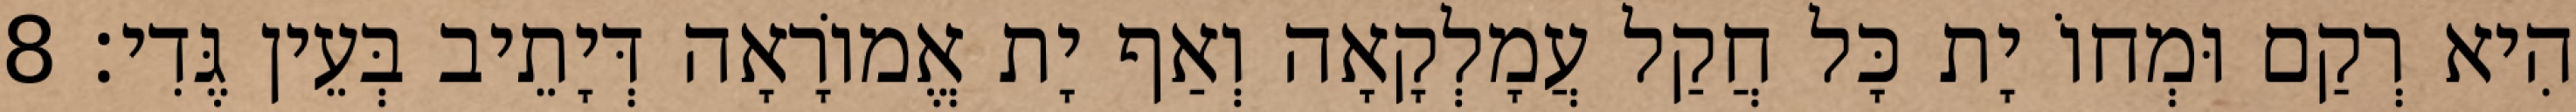
הִיא רְקַם וּמְחוֹ יָת כָּל חֲקַל עֲמָלְקָאָה וְאַף יָת אֱמוֹרָאָה דְּיָתֵיב בְּעֵין גֶּדִי׃ 8